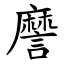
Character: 䜆